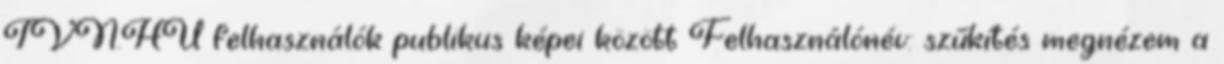
TVN.HU felhasználók publikus képei között Felhasználónév: szűkítés megnézem a